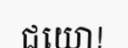
ជយោ!